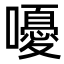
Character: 嚘